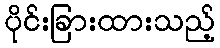
ပိုင်းခြားထားသည့်